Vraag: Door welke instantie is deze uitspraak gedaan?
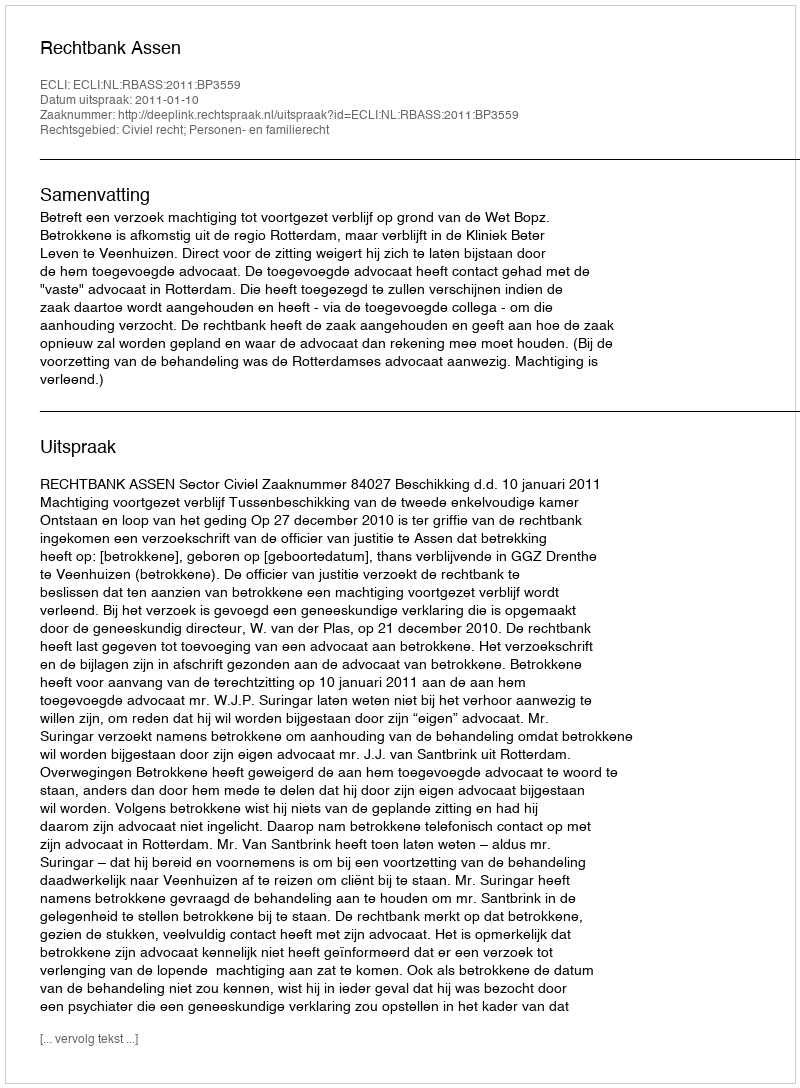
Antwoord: Rechtbank Assen